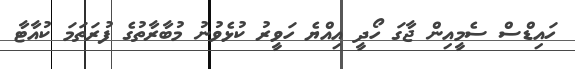
ހައިޑްސް ސެމީއިން ޖާގަ ހޯދީ އިއްޔެ ހަވީރު ކުޅެވުނު މުބާރާތުގެ ފުރަތަމަ ކުއާޓާ